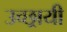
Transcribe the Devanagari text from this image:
उच्छ्रायी